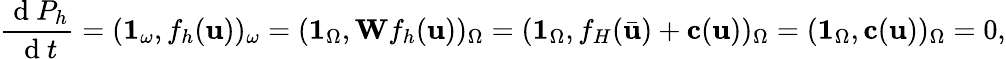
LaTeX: \frac{\mathrm{~d~}P_{h}}{\mathrm{~d~}t}=(\boldsymbol{1}_{\omega},f_{h}(\mathbf{u}))_{\omega}=(\boldsymbol{1}_{\Omega},\mathbf{W}f_{h}(\mathbf{u}))_{\Omega}=(\mathbf{1}_{\Omega},f_{H}(\bar{\mathbf{u}})+\mathbf{c}(\mathbf{u}))_{\Omega}=(\mathbf{1}_{\Omega},\mathbf{c}(\mathbf{u}))_{\Omega}=0,